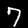
Label: 7